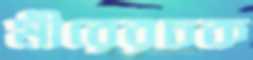
মীরেরচক